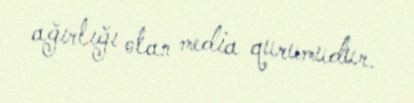
ağırlığı olan media qurumudur.